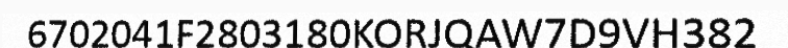
6702041F2803180KORJQAW7D9VH382